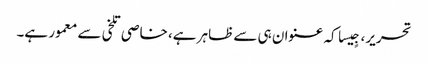
تحریر، جٍیسا کہ عنوان ہی سے ظاہر ہے، خاصی تلخی سے معمور ہے۔